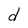
Character: d